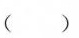
()